Indian journal of veterinary science and animal husbandry - Volumes 26-27, 1956-1957
Year: 1956
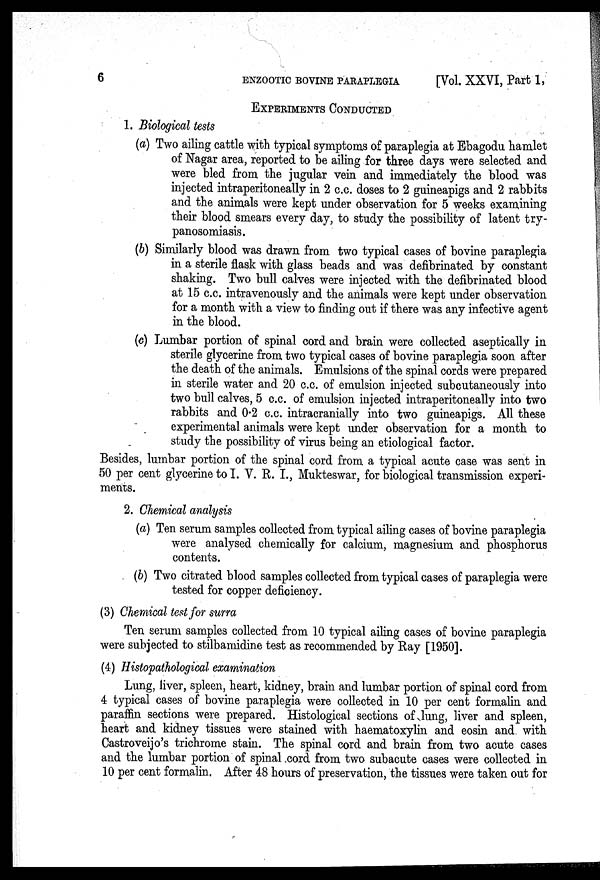
6
ENZOOTIC BOVINE PARAPLEGIA
[Vol. XXVI, Part 1,
EXPERIMENTS CONDUCTED
1. Biological tests
(a) Two ailing cattle with typical symptoms of paraplegia at Ebagodu hamlet
of Nagar area, reported to be ailing for three days were selected and
were bled from the jugular vein and immediately the blood was
injected intraperitoneally in 2 c.c. doses to 2 guineapigs and 2 rabbits
and the animals were kept under observation for 5 weeks examining
their blood smears every day, to study the possibility of latent try-
panosomiasis.
(b) Similarly blood was drawn from two typical cases of bovine paraplegia
in a sterile flask with glass beads and was defibrinated by constant
shaking. Two bull calves were injected with the defibrinated blood
at 15 c.c. intravenously and the animals were kept under observation
for a month with a view to finding out if there was any infective agent
in the blood.
(c) Lumbar portion of spinal cord and brain were collected aseptically in
sterile glycerine from two typical cases of bovine paraplegia soon after
the death of the animals. Emulsions of the spinal cords were prepared
in sterile water and 20 c.c. of emulsion injected subcutaneously into
two bull calves, 5 c.c. of emulsion injected intraperitoneally into two
rabbits and 0.2 c.c. intracranially into two guineapigs. All these
experimental animals were kept under observation for a month to
study the possibility of virus being an etiological factor.
Besides, lumbar portion of the spinal cord from a typical acute case was sent in
50 per cent glycerine to I. V. R. I., Mukteswar, for biological transmission experi-
ments.
2. Chemical analysis
(a) Ten serum samples collected from typical ailing cases of bovine paraplegia
were analysed chemically for calcium, magnesium and phosphorus
contents.
(b) Two citrated blood samples collected from typical cases of paraplegia were
tested for copper deficiency.
(3) Chemical test for surra
Ten serum samples collected from 10 typical ailing cases of bovine paraplegia
were subjected to stilbamidine test as recommended by Ray [1950].
(4) Histopathological examination
Lung, liver, spleen, heart, kidney, brain and lumbar portion of spinal cord from
4 typical cases of bovine paraplegia were collected in 10 per cent formalin and
paraffin sections were prepared. Histological sections of lung, liver and spleen,
heart and kidney tissues were stained with haematoxylin and eosin and with
Castroveijo's trichrome stain. The spinal cord and brain from two acute cases
and the lumbar portion of spinal cord from two subacute cases were collected in
10 per cent formalin. After 48 hours of preservation, the tissues were taken out for